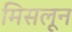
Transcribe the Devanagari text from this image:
मिसलून